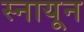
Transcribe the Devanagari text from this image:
स्नायून